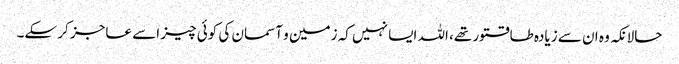
حالانکہ وہ ان سے زیادہ طاقتور تھے، اللہ ایسا نہیں کہ زمین و آسمان کی کوئی چیز اسے عاجز کر سکے۔